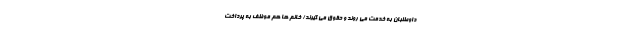
داوطلبان به خدمت می روند و حقوق می گیرند/ خانم ها هم موظف به پرداخت